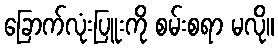
ခြောက်လုံးပြူးကို စမ်းစရာ မလို။